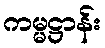
ကမ္မဋ္ဌာန်း